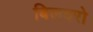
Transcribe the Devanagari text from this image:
बिलबरो